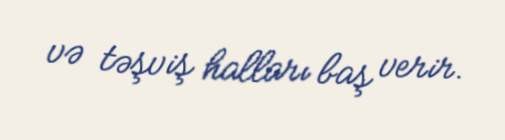
və təşviş halları baş verir.